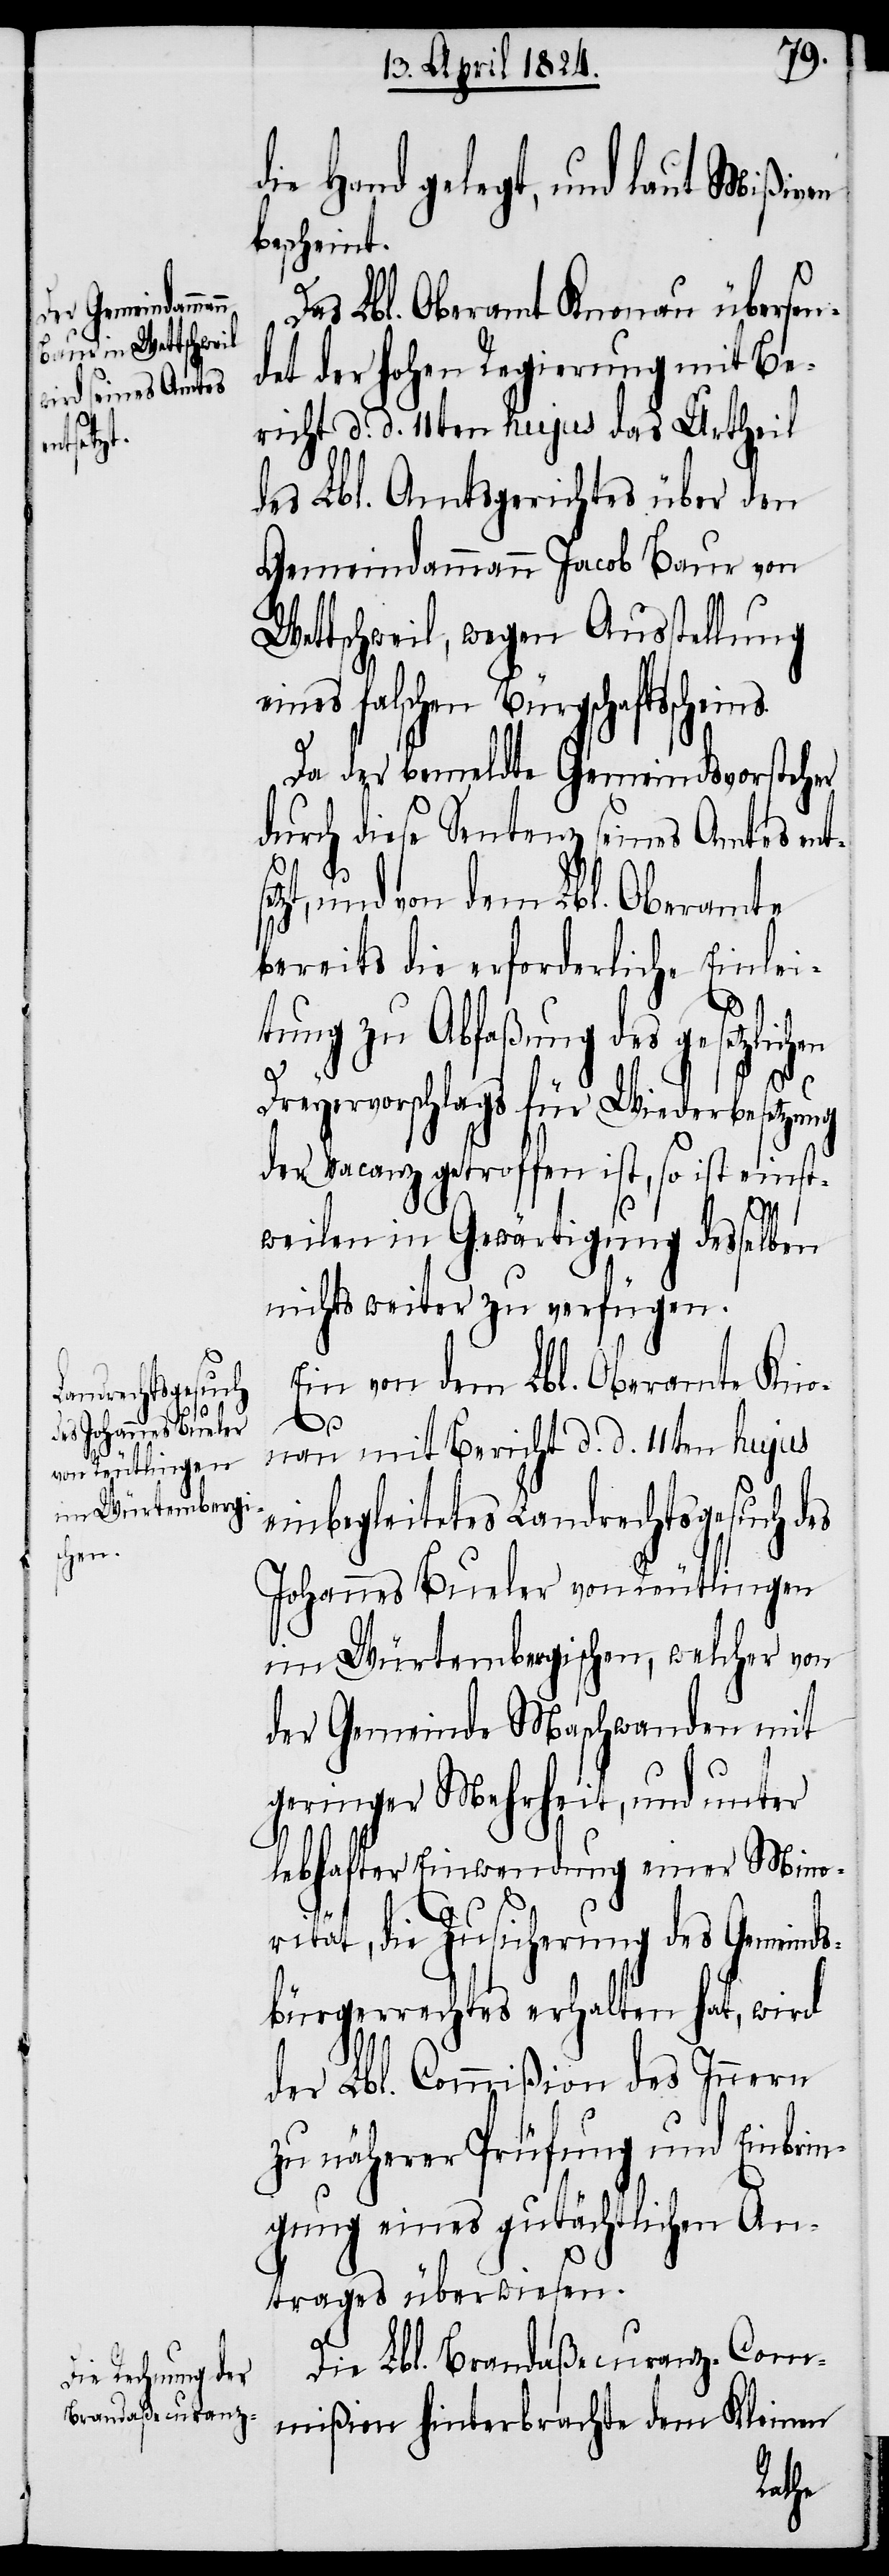
setz¬

die Hand gelegt, und laut Mißiven
bescheint.
Das Lbl. Oberamte Knonau übersen¬
det der hohen Regierung mit Be¬
richt d. d. 11ten hujus das Urtheil
des Lbl. Amtsgerichtes über den
Gemeindammann Jacob Baur von
Wettschweil, wegen Ausstellung
ines falschen Bürgschaftssche¬
Da der bemeldte Gemeindsvorsteher
durch diese Sentenz seines Amtes ent¬
t, und von dem Lbl. Oberamte
bereits die erforderliche Einlei¬
tung zu Abfaßung des gesetzlichen
Dreyervorschlags für Wiederbesetzung
der Vacanz getroffen ist, so ist einst¬
weilen in Gewärtigung desselben
nichts weiter zu verfügen.
Ein von dem Lbl. Oberamte Kno¬
ins.
nau mit Bericht d. d. 11ten hujus
einbegleitetes Landrechtsgesuch des
Johannes Bueler von Reutlingen
im Würtembergischen, welcher von
der Gemeinde Maschwanden mit
geringer Mehrheit, und unter
lebhafter Einwendung einer Mino¬
rität, die Zusicherung des Gemeind¬
sbürgerrechtes erhalten hat, wird
der Lbl. Commißion des Innern
zu näherer Prüfung und Einbrin¬
gung eines gutächtlichen An¬
trages überwiesen.
Die Lbl. Brandaßecuranz-Com¬
mißion hinterbrachte dem Kleinen